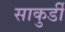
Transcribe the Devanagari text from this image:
साकुर्डी